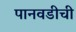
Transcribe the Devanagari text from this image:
पानवडीची